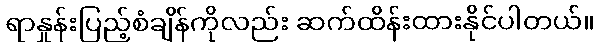
ရာနှုန်းပြည့်စံချိန်ကိုလည်း ဆက်ထိန်းထားနိုင်ပါတယ်။